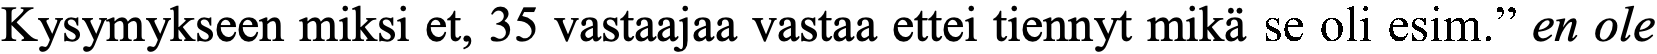
Kysymykseen miksi et, 35 vastaajaa vastaa ettei tiennyt mikä se oli esim.” en ole